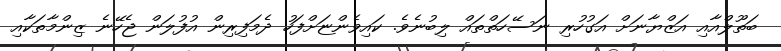
ބަތޫލްއާއި އަޒްޔާނަށް އަގުހުރި ނަސޭހަތްތައް ލިބުނެވެ. ކައިވެންޏަށްފަހު ދެމަފިރިން އުފުލަން ޖެހޭނެ ޒިންމާތަކާއި